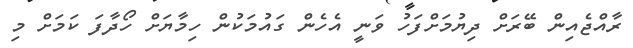
ރާއްޖެއިން ބޭރަށް ދިޔުމަށްފަހު ވަނީ އެހެން ގައުމަކުން ހިމާޔަށް ހޯދާފަ ކަމަށް މި